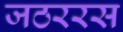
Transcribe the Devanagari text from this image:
जठररस